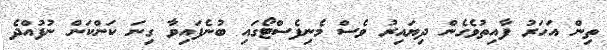
ތިން އަހަރު ފާއިތުވެގެން ދިޔައިރު ވެސް މެނިފެސްޓޯގައި ބުނެފައިވާ ގިނަ ކަންކަން ނުފުއްދެ